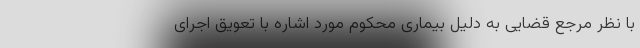
با نظر مرجع قضایی به دلیل بیماری محکوم مورد اشاره با تعویق اجرای